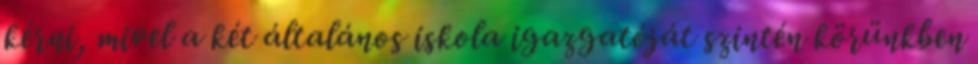
kérni, mivel a két általános iskola igazgatóját szintén körünkben